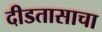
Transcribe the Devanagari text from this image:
दीडतासाचा